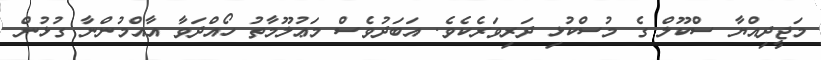
މަޖީދިއްޔާ ސްކޫލް ގެ މުސްކުޅި ދަރިވަރެކެވެ. އަބަދުވެސް މަޢުލޫމާތު ހޯއްދަވާ އާއްމުންނާ ގުޅުން